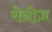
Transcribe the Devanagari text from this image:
रोनीज़